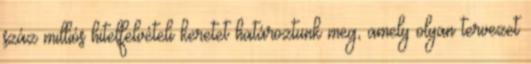
száz milliós hitelfelvételi keretet határoztunk meg, amely olyan tervezet